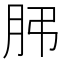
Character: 𦙨